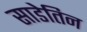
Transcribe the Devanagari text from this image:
साडेतिन